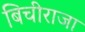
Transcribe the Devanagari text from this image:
बिचीराजा